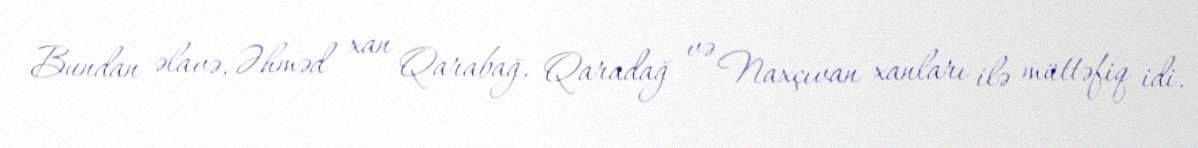
Bundan əlavə, Əhməd xan Qarabağ, Qaradağ və Naxçıvan xanları ilə müttəfiq idi.